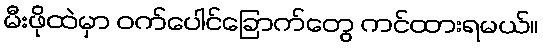
မီးဖိုထဲမှာ ဝက်ပေါင်ခြောက်တွေ ကင်ထားရမယ်။